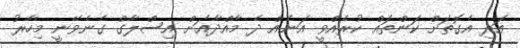
އަދި އެގޮތަށް ކަންތައް ކުރެއްވީ އަނެއް ދެ މާއްދާއަށް އިސްލާގް ގެނެވޭނީ މިހާރު